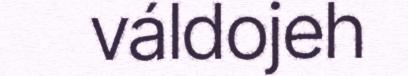
váldojeh